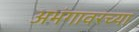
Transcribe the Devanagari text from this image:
अभंगावरच्या